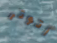
أتوتر